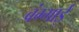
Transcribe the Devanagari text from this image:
बंग्गाई